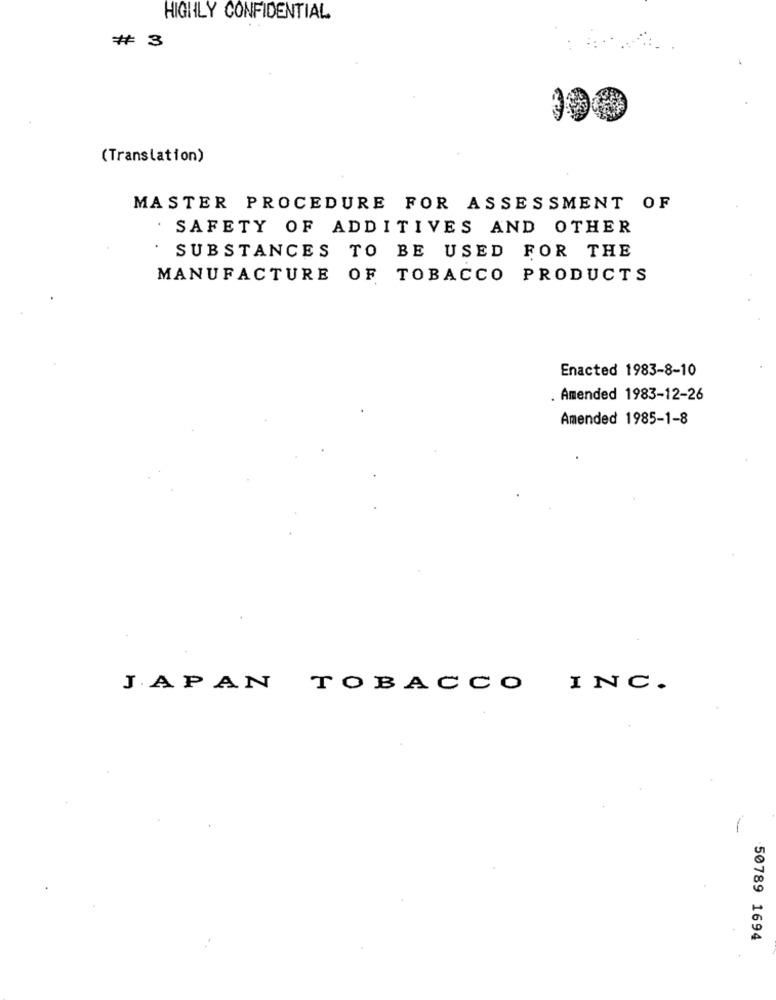
HIGHLY CONFIDENTIAL
# 3
(Translation)
MASTER PROCEDURE FOR ASSESSMENT OF
SAFETY OF ADDITIVES AND OTHER
SUBSTANCES TO BE USED FOR THE
MANUFACTURE OF TOBACCO PRODUCTS
Enacted 1983-8-10
. Amended 1983-12-26
Amended 1985-1-8
JAPAN TOBACCO
INC.
50789 1694